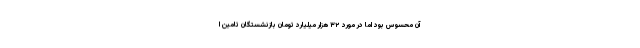
آن محسوس بود اما در مورد ۳۲ هزار میلیارد تومان بازنشستگان تامین ا